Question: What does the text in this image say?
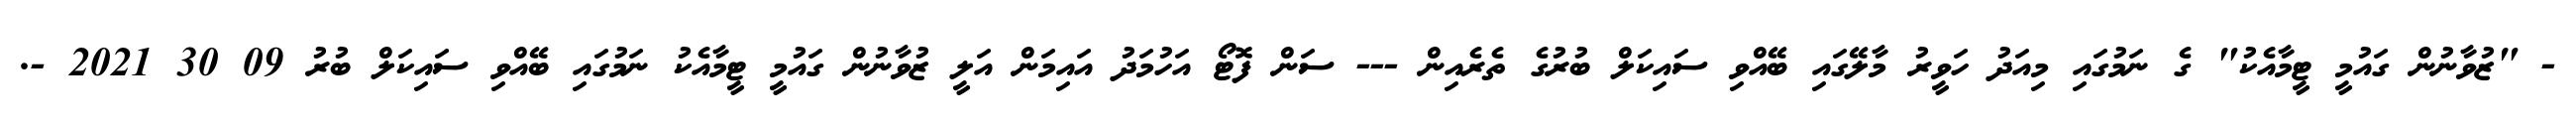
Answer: - "ޒުވާނުން ގައުމީ ޓީމާއެކު" ގެ ނަމުގައި މިއަދު ހަވީރު މާލޭގައި ބޭއްވި ސައިކަލް ބުރުގެ ތެރެއިން --- ސަން ފޮޓޯ އަހުމަދު އައިމަން އަލީ ޒުވާނުން ގައުމީ ޓީމާއެކު ނަމުގައި ބޭއްވި ސައިކަލް ބުރު 09 30 2021 -.